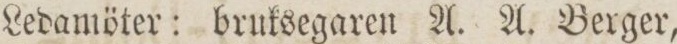
Ledamöter: bruksegaren A. A. Berger,